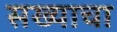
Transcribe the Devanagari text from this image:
सख्याचा